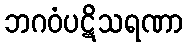
ဘဂဝံပဋိသရဏာ